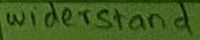
Text: widerstand